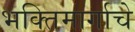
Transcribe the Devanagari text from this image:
भक्तिमार्गाचे